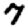
Digit: 7